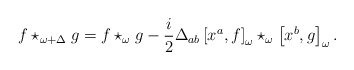
\begin{align*}f\star _{\omega +\Delta }g=f\star _{\omega }g-\frac{i}{2}\Delta _{ab}\left[x^{a},f\right] _{\omega }\star _{\omega }\left[ x^{b},g\right] _{\omega }.\end{align*}